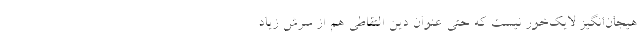
هیجان‌انگیز لایک‌خور نیست که حتی عنوان دین التقاطی هم از سرش زیاد